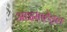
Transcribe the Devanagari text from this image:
आइसाहेड्रल